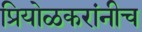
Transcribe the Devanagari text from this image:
प्रियोळकरांनीच